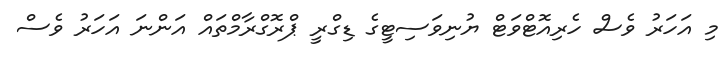
މި އަހަރު ވެސް ހެރިއޮޓްވަޓް ޔުނިވަސިޓީގެ ޑިގްރީ ޕްރޮގްރާމްތައް އަންނަ އަހަރު ވެސް